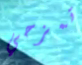
تمزحي